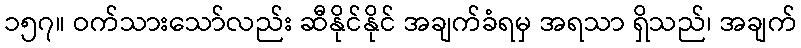
၁၅၇။ ဝက်သားသော်လည်း ဆီနိုင်နိုင် အချက်ခံရမှ အရသာ ရှိသည်၊ အချက်